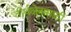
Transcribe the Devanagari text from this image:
तीर्थक्षेत्रासाठी